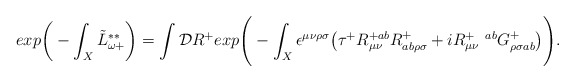
\begin{align*}exp\bigg( - \int_X \tilde{L}^{**}_{\omega +}\bigg) = \int {\cal D} R^+ exp\Bigg(- \int_X \epsilon^{\mu \nu \rho\sigma}\big(\tau^+ R^{+ab}_{\mu \nu} R^+_{ab\rho \sigma} + i R_{\mu\nu}^{+ \ \ ab} G^+_{\rho \sigma ab}\big) \Bigg).\end{align*}